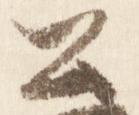
公